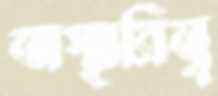
অস্থায়িত্ব